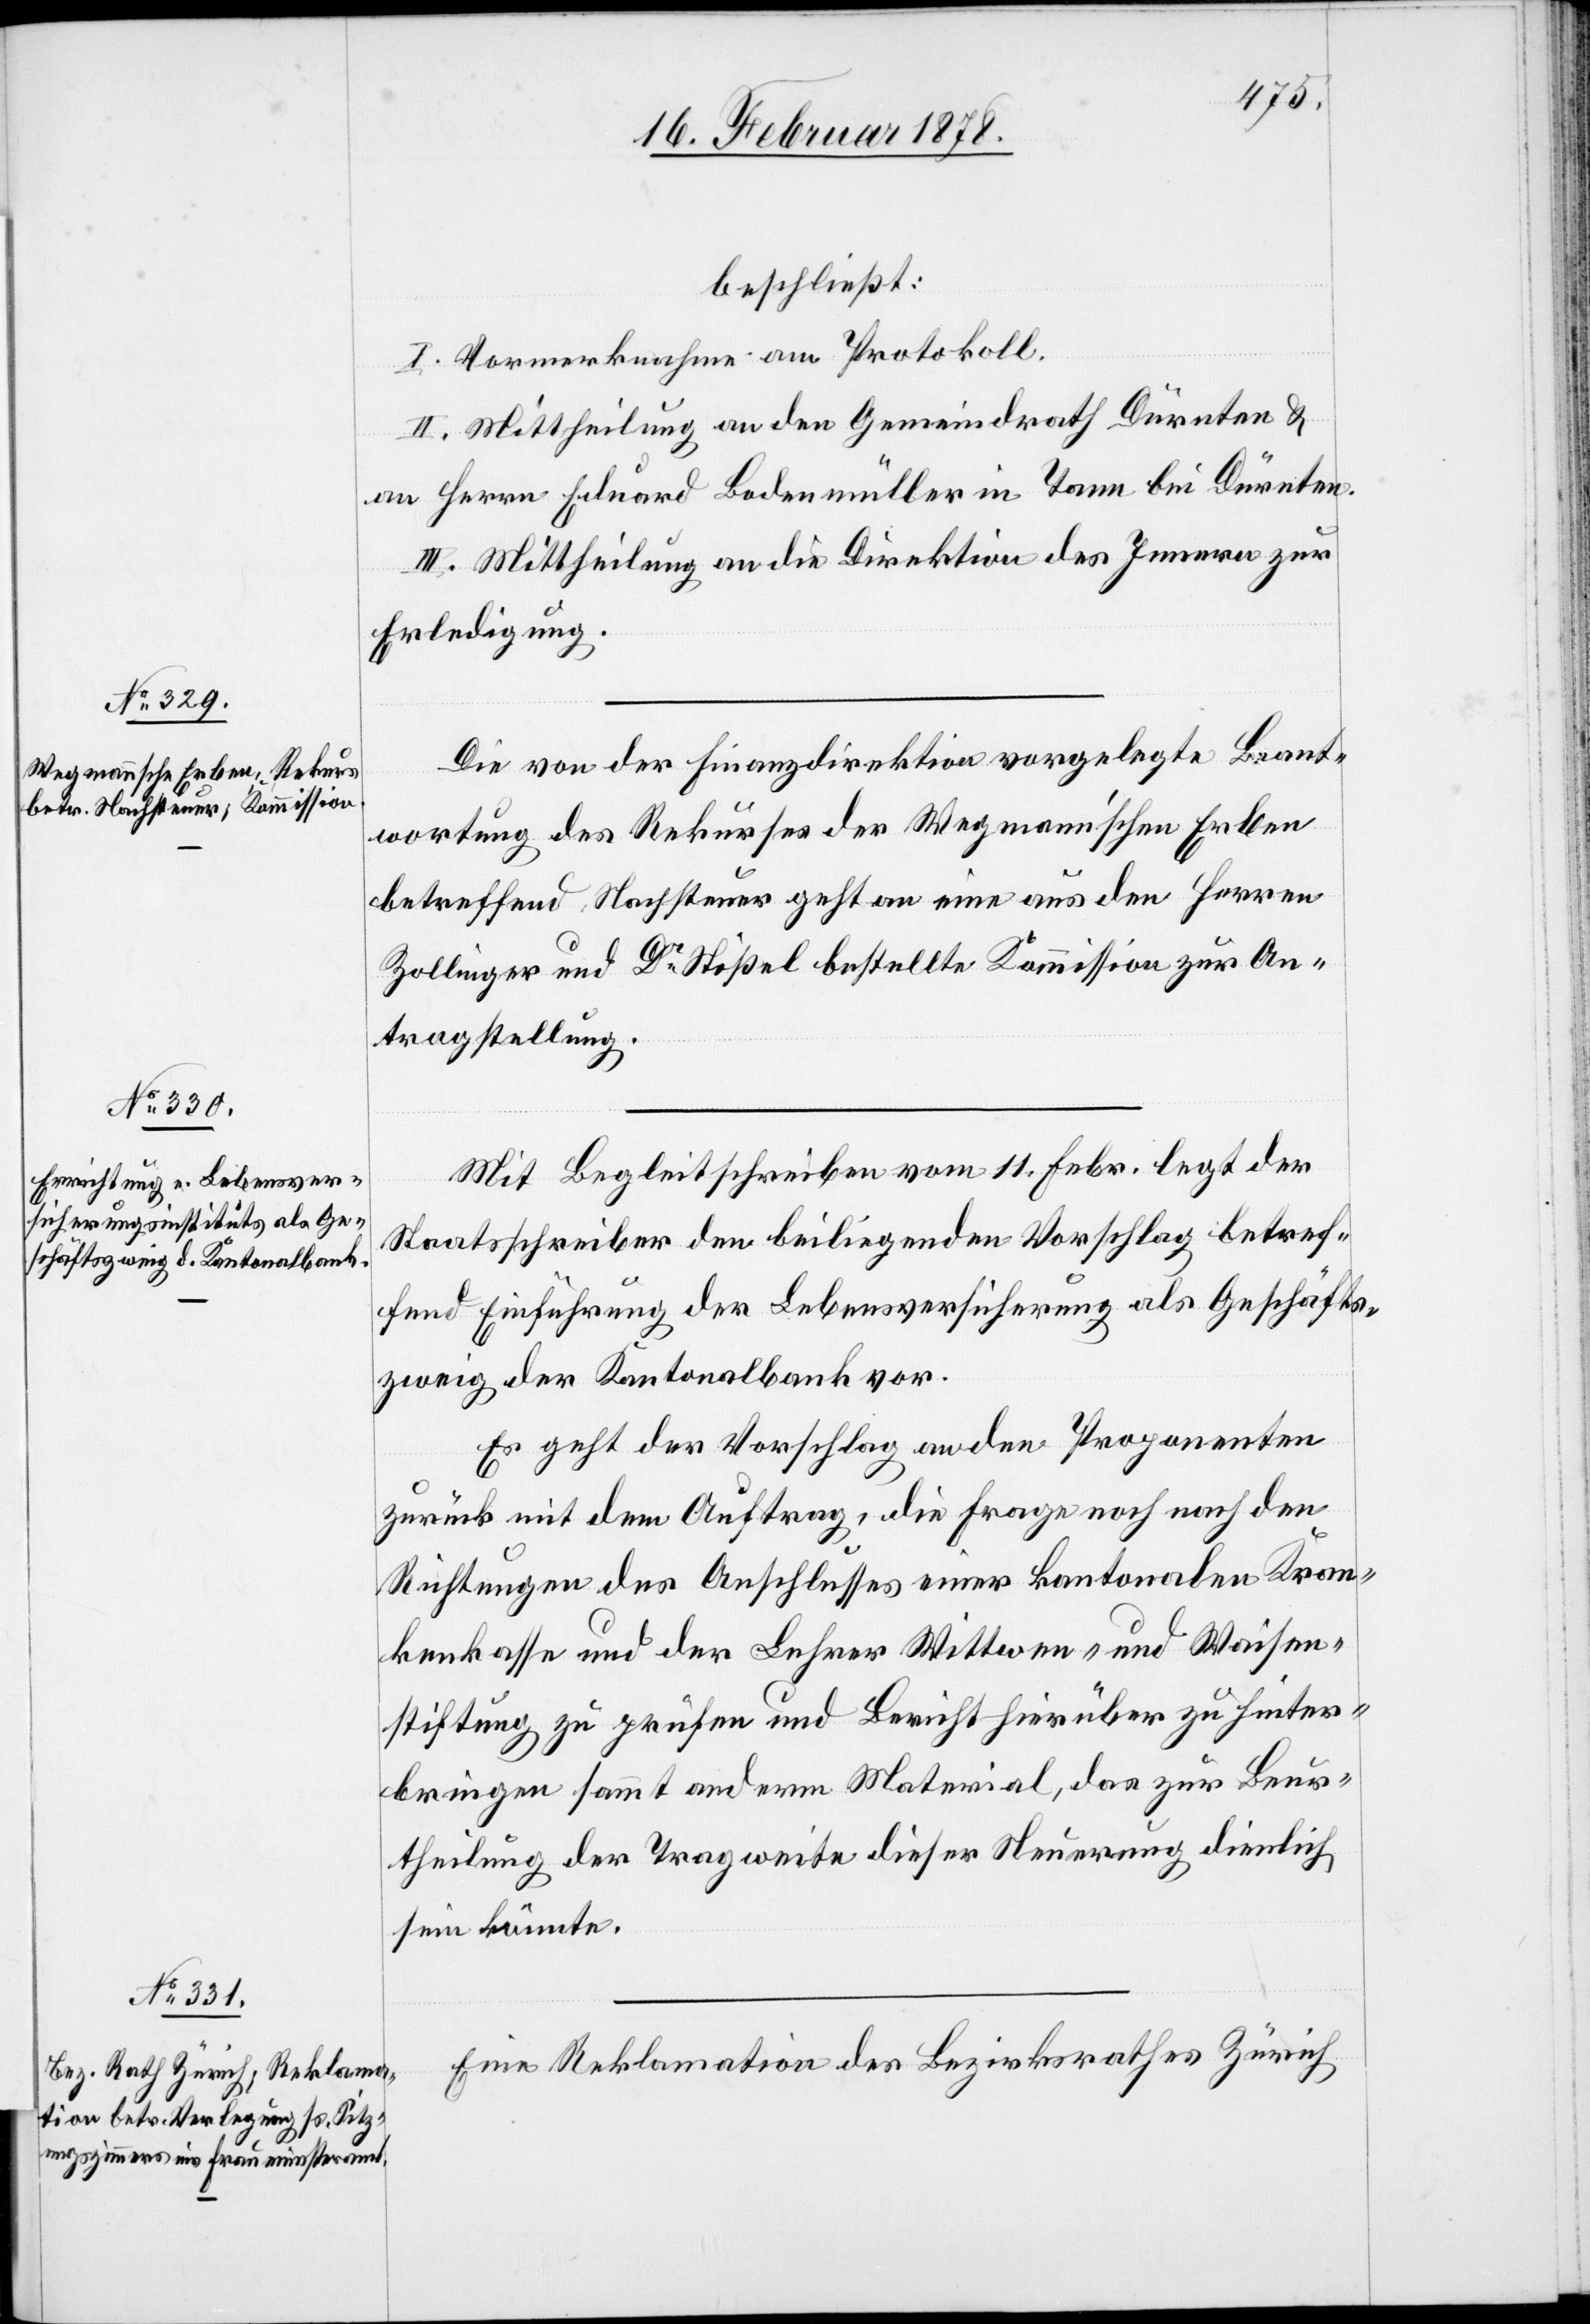
beschließt:
I. Vormerknahme am Protokoll.
II. Mittheilung an den Gemeindrath Dürnten &
an Herrn Eduard Bodenmüller in Tann bei Dürnten.
III. Mittheilung an die Direktion des Innern zur
Erledigung.
Die von der Finanzdirektion vorgelegte Beant¬
wortung des Rekurses der Wegmann’schen Erben
betreffend Nachsteuer geht an eine aus den Herren
Zollinger und Dr Stößel bestellte Kommission zur An¬
tragstellung.
Mit Begleitschreiben vom 11. Febr. legt der
Staatsschreiber den beiliegenden Vorschlag betref¬
fend Einführung der Lebensversicherung als Geschäfts¬
zweig der Kantonalbank vor.
Es geht der Vorschlag an den Proponenten
zurück mit dem Auftrag, die Frage noch nach den
Richtungen des Anschlusses einer kantonalen Kran¬
kenkasse und der Lehrer[-,] Wittwen- und Waisen¬
stiftung zu prüfen und Bericht hierüber zu hinter¬
bringen sammt anderm Material, das zur Beur¬
theilung der Tragweite dieser Neuerung dienlich
sein könnte.
Eine Reklamation des Bezirksrathes Zürich